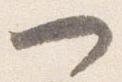
一